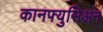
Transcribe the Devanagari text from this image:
कानफ्युसिअन